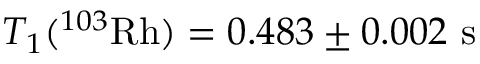
T _ { 1 } ( ^ { 1 0 3 } \mathrm { R h } ) = 0 . 4 8 3 \pm 0 . 0 0 2 \mathrm { \ s }